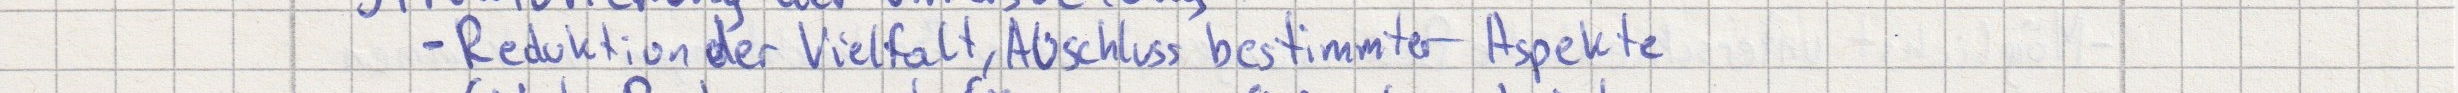
- Reduktion der Vielfalt, Ausschluss bestimmter Aspekte